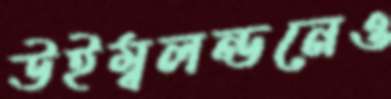
উইম্বলন্ডনেও